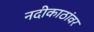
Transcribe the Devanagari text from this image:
नदीकाठांवर